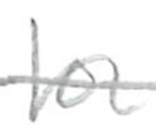
Text: for
Cross-out: single-line
Writing tool: pencil